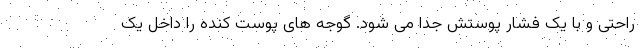
راحتی و با یک فشار پوستش جدا می شود. گوجه های پوست کنده را داخل یک